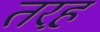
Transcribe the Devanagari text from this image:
तरह़